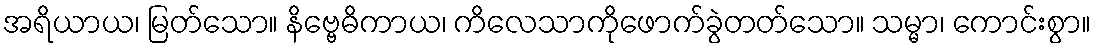
အရိယာယ၊ မြတ်သော။ နိဗ္ဗေဓိကာယ၊ ကိလေသာကိုဖောက်ခွဲတတ်သော။ သမ္မာ၊ ကောင်းစွာ။